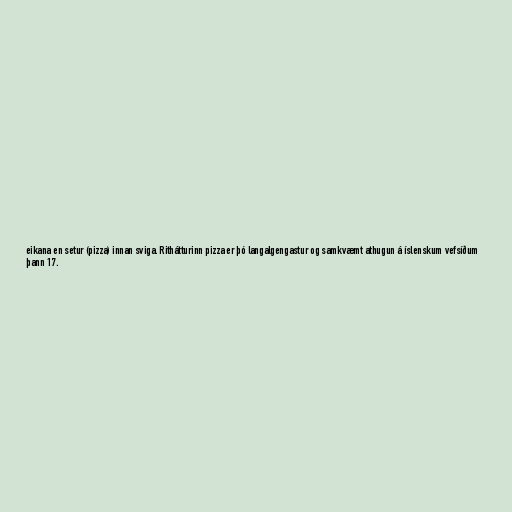
eikana en setur (pizza) innan sviga. Rithátturinn pizza er þó langalgengastur og samkvæmt athugun á íslenskum vefsíðum
þann 17.